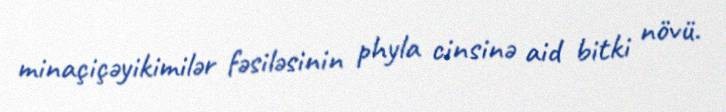
minaçiçəyikimilər fəsiləsinin phyla cinsinə aid bitki növü.